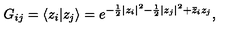
G _ { i j } = \langle z _ { i } | z _ { j } \rangle = e ^ { - \frac 1 2 | z _ { i } | ^ { 2 } - \frac 1 2 | z _ { j } | ^ { 2 } + \bar { z } _ { i } z _ { j } } ,